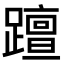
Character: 𨆁